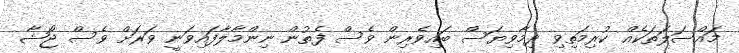
މައްސަލަތަކެއް ކުރިމަތިވި ދިމާވިޔަސް ބައިވެރިން ވެސް ފެތުން ނިންމާލާފައިވަނީ ވަރަށް ވެސް ޖޯޝާ